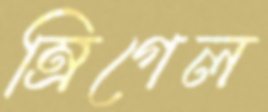
ম্রিগেল